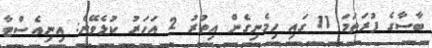
ބާސާގެ ފުރަތަމަ 11 ގައި ހިމެނިގެން އިތުރު 2 އަހަރު ކުޅެވޭނެ: އިނިއެސްޓާ